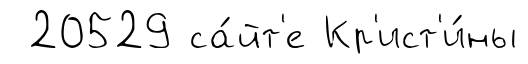
20529 са́йт'е Кр'ист'и́ны